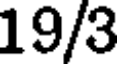
19/3